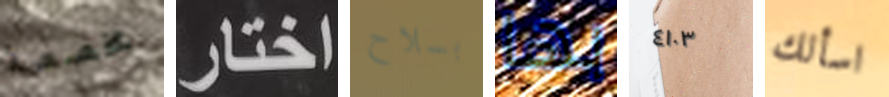
مخصصة اختار بسلاح بها ٤١٠٣ اسألك